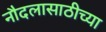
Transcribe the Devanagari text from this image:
नौदलासाठीच्या